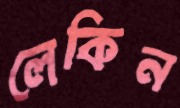
লেকিন